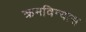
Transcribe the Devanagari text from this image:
क्रमविन्यास